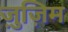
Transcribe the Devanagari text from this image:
ज़ुज़िम